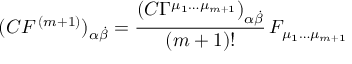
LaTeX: ( C { F } ^ { \, ( m + 1 ) } ) _ { \alpha { \dot { \beta } } } = \frac { \left( C \Gamma ^ { { \mu _ { 1 } } \dots { \mu } _ { m + 1 } } \right) _ { \alpha { \dot { \beta } } } } { ( m + 1 ) ! } \, F _ { \mu _ { 1 } \dots \mu _ { m + 1 } }